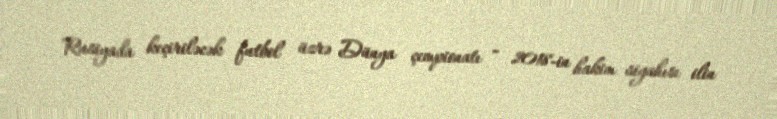
Rusiyada keçiriləcək futbol üzrə Dünya çempionatı - 2018-in hakim siyahısı ilin